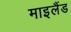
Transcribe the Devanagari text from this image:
माइलैंड